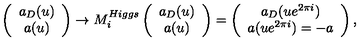
\left( \begin{array} { c } { a _ { D } ( u ) } \\ { a ( u ) } \\ \end{array} \right) \rightarrow M _ { i } ^ { H i g g s } \left( \begin{array} { c } { a _ { D } ( u ) } \\ { a ( u ) } \\ \end{array} \right) = \left( \begin{array} { c } { a _ { D } ( u e ^ { 2 \pi i } ) } \\ { a ( u e ^ { 2 \pi i } ) = - a } \\ \end{array} \right) ,